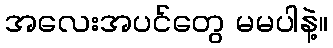
အလေးအပင်တွေ မမပါနဲ့။